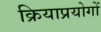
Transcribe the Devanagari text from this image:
क्रियाप्रयोगों